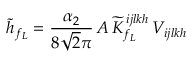
\tilde { h } _ { f _ { L } } = \frac { \alpha _ { 2 } } { 8 \sqrt { 2 } \pi } \, A \, { \widetilde K } _ { f _ { L } } ^ { \, i j l k h } \, V _ { i j l k h }